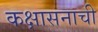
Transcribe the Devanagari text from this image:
कक्षासनाची